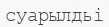
суарылдьі